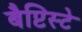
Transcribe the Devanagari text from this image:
बैप्टिस्टे